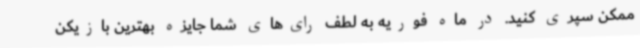
ممکن سپری کنید. در ماه فوریه به لطف رای‌های شما جایزه بهترین بازیکن